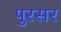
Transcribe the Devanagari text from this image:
पुरसर